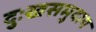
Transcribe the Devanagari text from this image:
दुःखसमुदाय